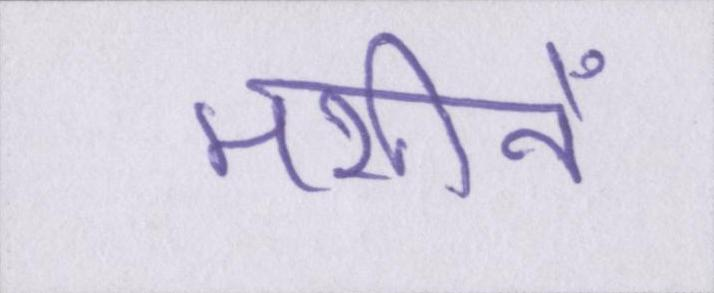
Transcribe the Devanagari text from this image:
मशीनें